Leaving Certificate, 1896
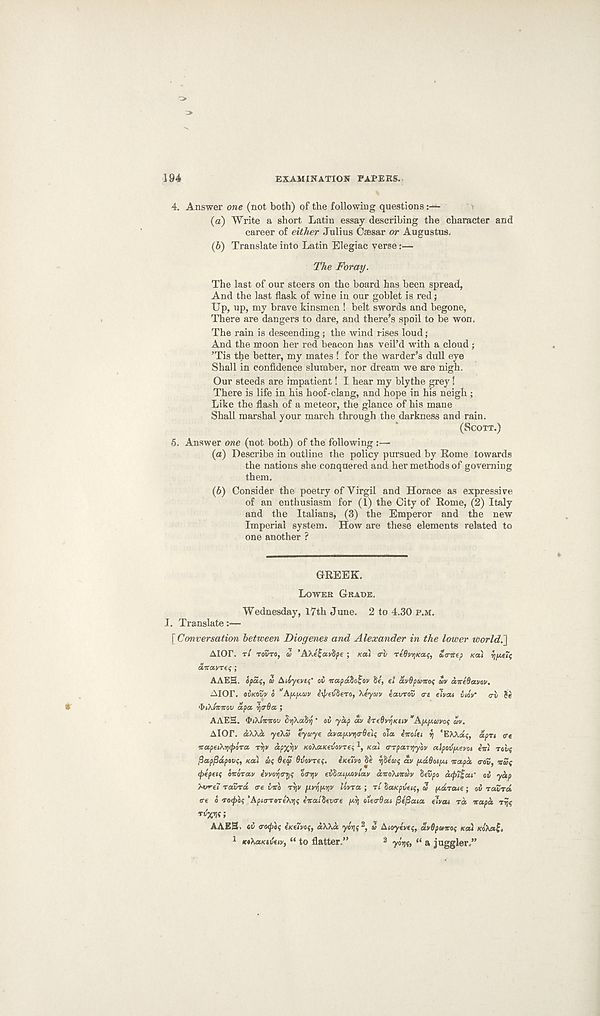
194
EXAMINATION PAPERS.
4. Answer one (not both) of the following questions-
(а) Write a short Latin essay describing the character and
career of either Julius Caesar or Augustus.
(б) Translate into Latin Elegiac verse:—
The Foray.
The last of our steers on the board has been spread,
And the last flask of wine in our goblet is red;
Up, up, my brave kinsmen ! belt swords and begone,
There are dangers to dare, and there’s spoil to be won.
The rain is descending ; the wind rises loud;
And the moon her red beacon has veil’d with a cloud ;
’Tis the better, my mates ! for the warder’s dull eye
Shall in confidence slumber, nor dream we are nigh.
Our steeds are impatient! I hear my blythe grey!
There is life in his hoof-clang, and hope in his neigh ;
Like the flash of a meteor, the glance of his mane
Shall marshal your march through the darkness and rain.
(SCOTT.)
5. Answer one (not both) of the following :—
(а) Describe in outline the policy pursued by Rome towards
the nations she conquered and her methods of governing
them.
(б) Consider the poetry of Yirgil and Horace as expressive
of an enthusiasm for (1) the City of Rome, (2) Italy
and the Italians, (3) the Emperor and the new
Imperial system. How are these elements related to
one another ?
GREEK.
LOWER GRADE.
Wednesday, 17th June. 2 to 4.30 P.M.
I. Translate:-—
[Conversation between Diogenes and Alexander in the lower world.']
Aior. T/ TOSTO, U ’AXefavfye ; KOA <rv reOiojicaf, £,trite? ncii vj/JifTf
aicavTet;;
AAEE. opas, co Ailyeveq' ov icapdioHov $/, el avdpcoiroi; £v aitedavov.
AlOr. avKOvv o ‘'A^pt-cov itpevSero, "keytov eavrov ere elvac iwV tri
<bc\(icicov apex, ■/jtrda ;
AAES. tyiklwicov fivjkaSy ‘ o£ yap av eTcOvvjKfjy "ApLuavof av.
AIOP. aXka yeka eytoye avaputriarOets oca eitoiec y ‘EXkdt;, dpn trt
tcapeiXtitpoTa TVjv apXW KoXaicevoines 1 , Ka) trrpaitjyov aipoijpieyoc iitt reif
fiapfidpovt;, xat af 6ef Ovovref. eKeivo tie ytiecof av pdOaijM itapd trov, irwt;
tpepetf oitQTav evvoytryi; otry;v eilaifjAvlav diroXnrcov hevpo cupt^af o£ yap
XvreT roana tre vno r\v gv^nv 'dvra ; rl SaKpveig, 2 pcdcraie; oi ravrd
ire o rotpoi; ‘ApitrrereXrji iicathevtre py tnetrOac fiefiaia elvat rd icapd rvjs
rdxK;
AAES. e£ trot/iof i/eelvof, dXXd ycyjf 2 , 2 Aioyeve?, uvQpoicat; KOU /coXaf.
1 KoXaKtvttv, “ to flatter.”
3 ylrjf, “ a juggler.”